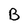
Character: B